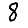
Digit: 8